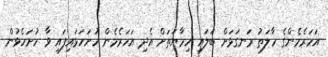
އަހަރެމެންގެ ހާލަތު ރަނގަޅަށް ބަލައި ހިމާޔަތަށް އެދި އަހަރެމެން ހުށަހަޅައިފައި ވާ ހުށަހެޅުން